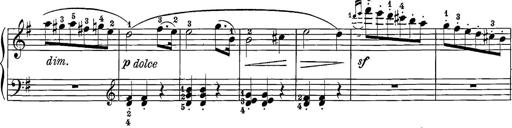
Title: 12 Sonatine per Pianoforte
Composer: Friedrich Kuhlau